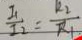
\frac { I _ { 1 } } { I _ { 2 } } = \frac { R _ { 2 } } { R _ { 1 } }